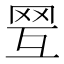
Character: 𦊍